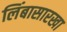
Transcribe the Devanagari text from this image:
लिंबासारखा